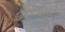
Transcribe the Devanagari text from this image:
छयाचित्रे